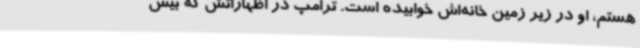
هستم، او در زیر زمین خانه‌اش خوابیده است. ترامپ در اظهاراتش که بیش